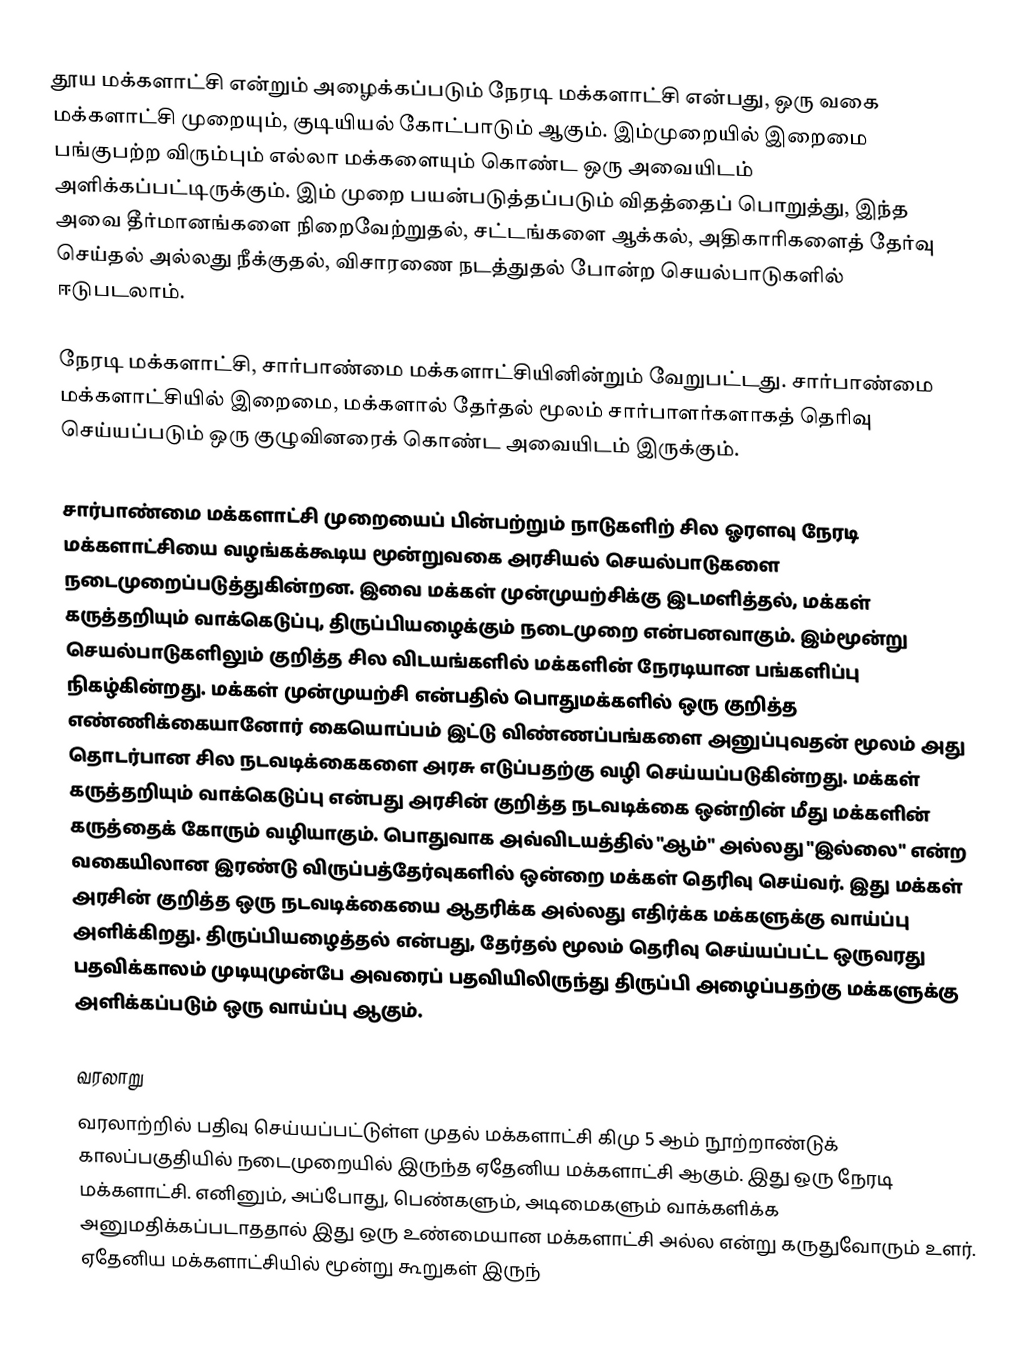
தூய மக்களாட்சி என்றும் அழைக்கப்படும் நேரடி மக்களாட்சி என்பது, ஒரு வகை மக்களாட்சி முறையும், குடியியல் கோட்பாடும் ஆகும். இம்முறையில் இறைமை பங்குபற்ற விரும்பும் எல்லா மக்களையும் கொண்ட ஒரு அவையிடம் அளிக்கப்பட்டிருக்கும். இம் முறை பயன்படுத்தப்படும் விதத்தைப் பொறுத்து, இந்த அவை தீர்மானங்களை நிறைவேற்றுதல், சட்டங்களை ஆக்கல், அதிகாரிகளைத் தேர்வு செய்தல் அல்லது நீக்குதல், விசாரணை நடத்துதல் போன்ற செயல்பாடுகளில் ஈடுபடலாம்.

நேரடி மக்களாட்சி, சார்பாண்மை மக்களாட்சியினின்றும் வேறுபட்டது. சார்பாண்மை மக்களாட்சியில் இறைமை, மக்களால் தேர்தல் மூலம் சார்பாளர்களாகத் தெரிவு செய்யப்படும் ஒரு குழுவினரைக் கொண்ட அவையிடம் இருக்கும்.

சார்பாண்மை மக்களாட்சி முறையைப் பின்பற்றும் நாடுகளிற் சில ஓரளவு நேரடி மக்களாட்சியை வழங்கக்கூடிய மூன்றுவகை அரசியல் செயல்பாடுகளை நடைமுறைப்படுத்துகின்றன. இவை மக்கள் முன்முயற்சிக்கு இடமளித்தல், மக்கள் கருத்தறியும் வாக்கெடுப்பு, திருப்பியழைக்கும் நடைமுறை என்பனவாகும். இம்மூன்று செயல்பாடுகளிலும் குறித்த சில விடயங்களில் மக்களின் நேரடியான பங்களிப்பு நிகழ்கின்றது. மக்கள் முன்முயற்சி என்பதில் பொதுமக்களில் ஒரு குறித்த எண்ணிக்கையானோர் கையொப்பம் இட்டு விண்ணப்பங்களை அனுப்புவதன் மூலம் அது தொடர்பான சில நடவடிக்கைகளை அரசு எடுப்பதற்கு வழி செய்யப்படுகின்றது. மக்கள் கருத்தறியும் வாக்கெடுப்பு என்பது அரசின் குறித்த நடவடிக்கை ஒன்றின் மீது மக்களின் கருத்தைக் கோரும் வழியாகும். பொதுவாக அவ்விடயத்தில் "ஆம்" அல்லது "இல்லை" என்ற வகையிலான இரண்டு விருப்பத்தேர்வுகளில் ஒன்றை மக்கள் தெரிவு செய்வர். இது மக்கள் அரசின் குறித்த ஒரு நடவடிக்கையை ஆதரிக்க அல்லது எதிர்க்க மக்களுக்கு வாய்ப்பு அளிக்கிறது. திருப்பியழைத்தல் என்பது, தேர்தல் மூலம் தெரிவு செய்யப்பட்ட ஒருவரது பதவிக்காலம் முடியுமுன்பே அவரைப் பதவியிலிருந்து திருப்பி அழைப்பதற்கு மக்களுக்கு அளிக்கப்படும் ஒரு வாய்ப்பு ஆகும்.

வரலாறு
வரலாற்றில் பதிவு செய்யப்பட்டுள்ள முதல் மக்களாட்சி கிமு 5 ஆம் நூற்றாண்டுக் காலப்பகுதியில் நடைமுறையில் இருந்த ஏதேனிய மக்களாட்சி ஆகும். இது ஒரு நேரடி மக்களாட்சி. எனினும், அப்போது, பெண்களும், அடிமைகளும் வாக்களிக்க அனுமதிக்கப்படாததால் இது ஒரு உண்மையான மக்களாட்சி அல்ல என்று கருதுவோரும் உளர். ஏதேனிய மக்களாட்சியில் மூன்று கூறுகள் இருந்